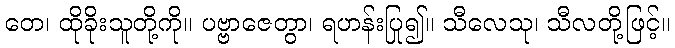
တေ၊ ထိုခိုးသူတို့ကို။ ပဗ္ဗာဇေတွာ၊ ရဟန်းပြု၍။ သီလေသု၊ သီလတို့ဖြင့်။